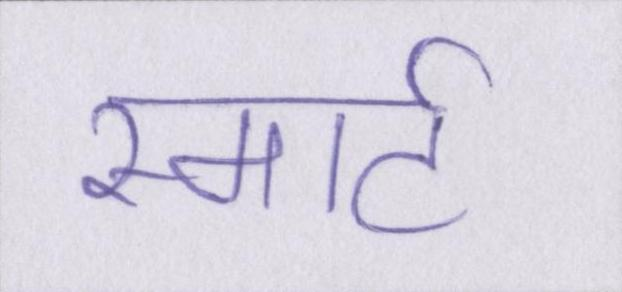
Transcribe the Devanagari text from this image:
स्मार्ट